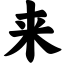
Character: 来